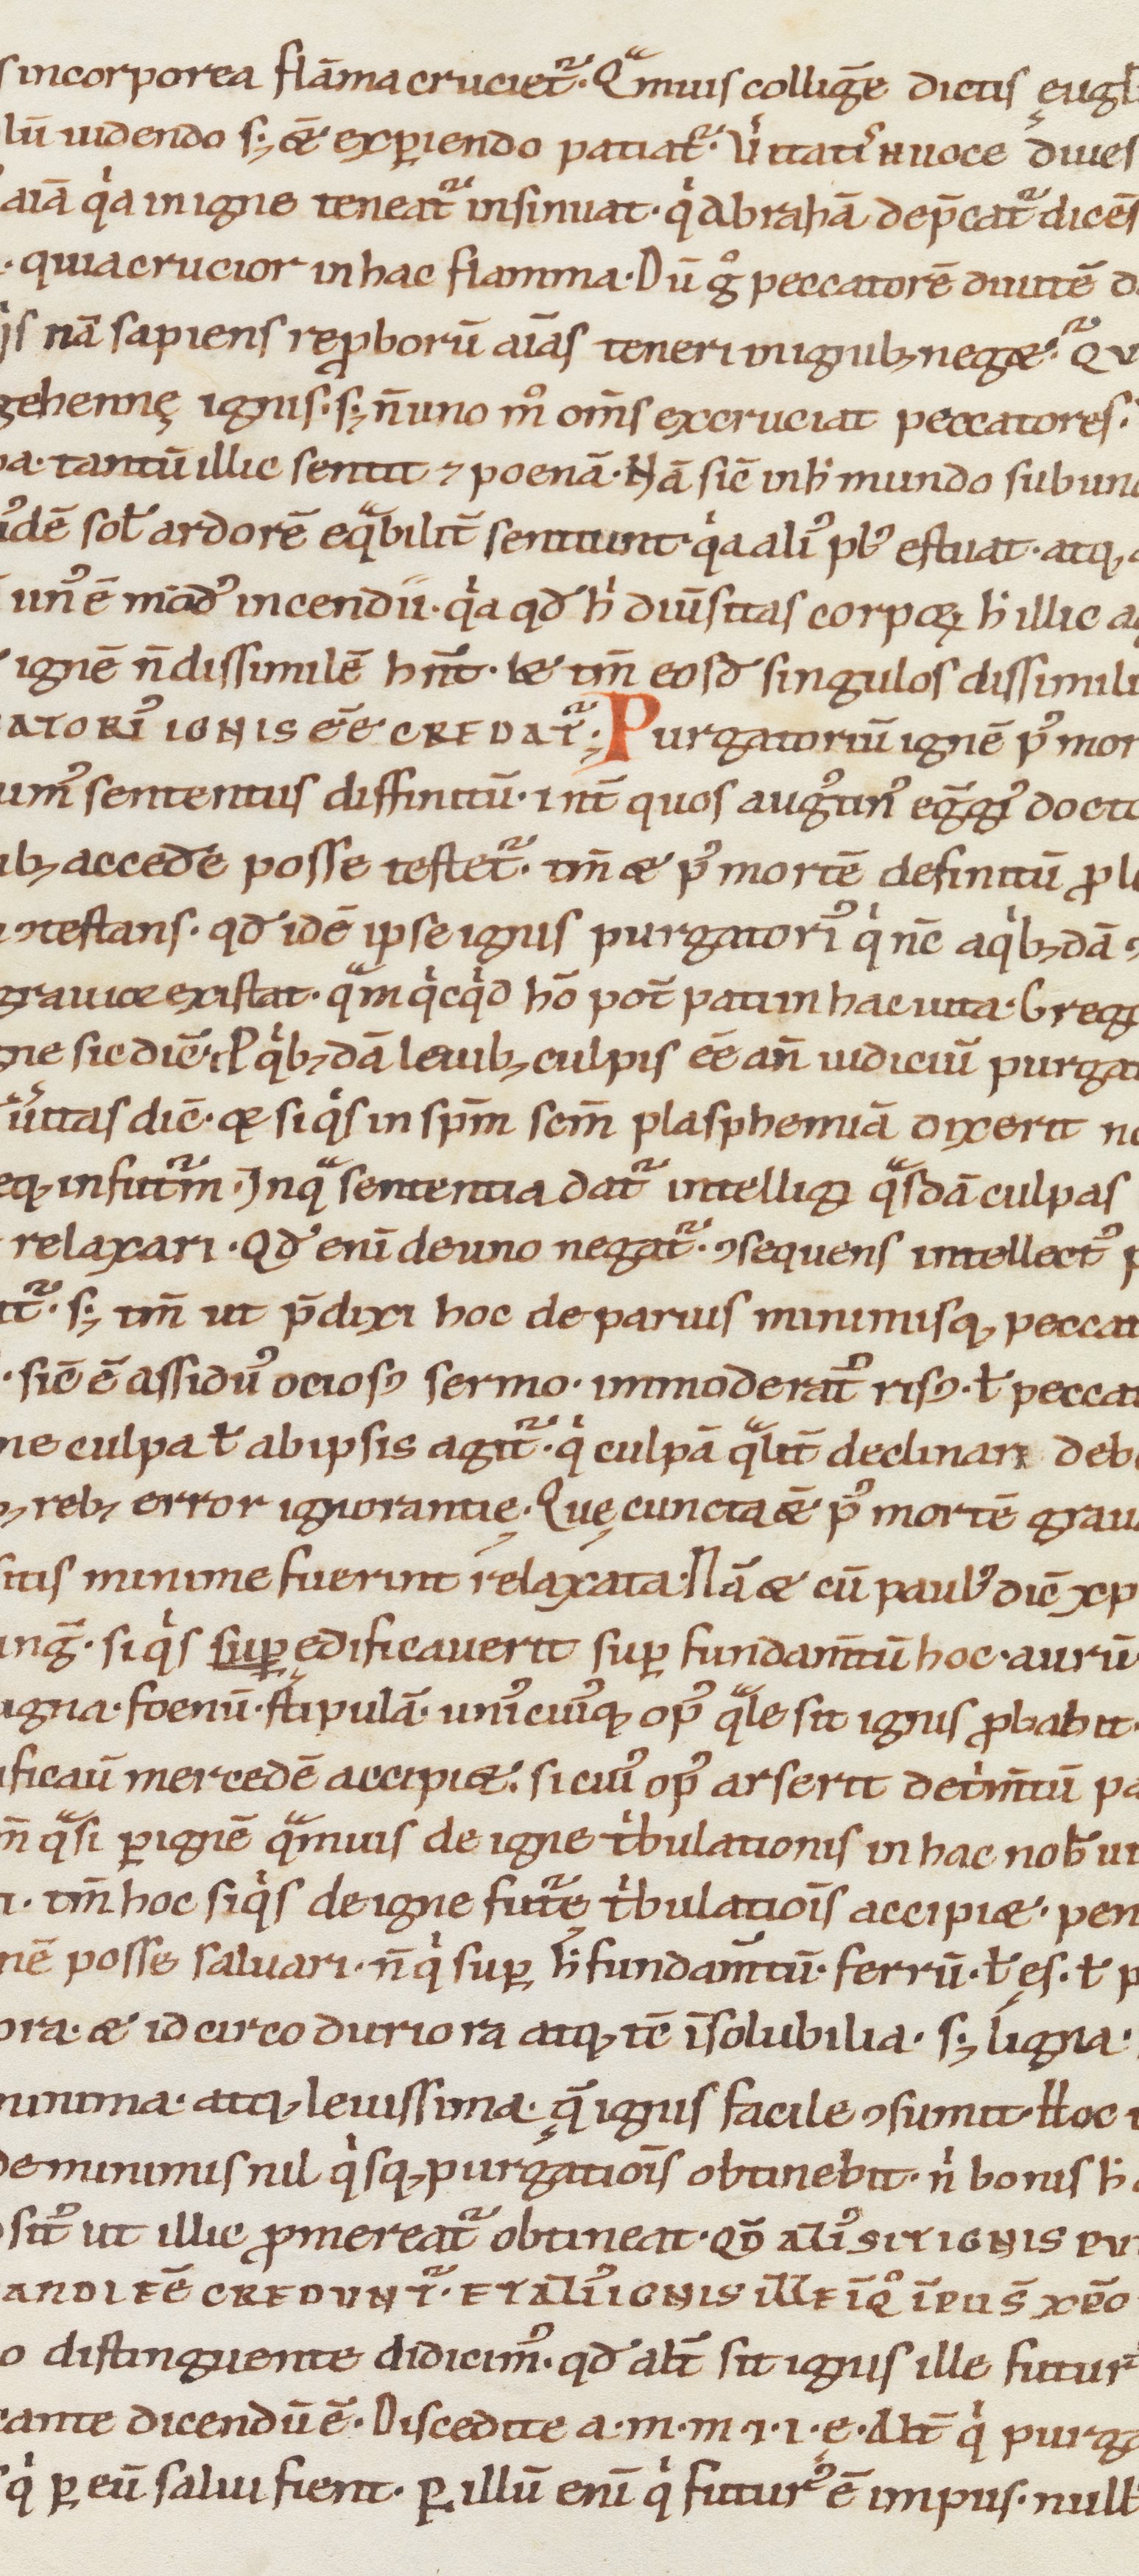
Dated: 1100–1199